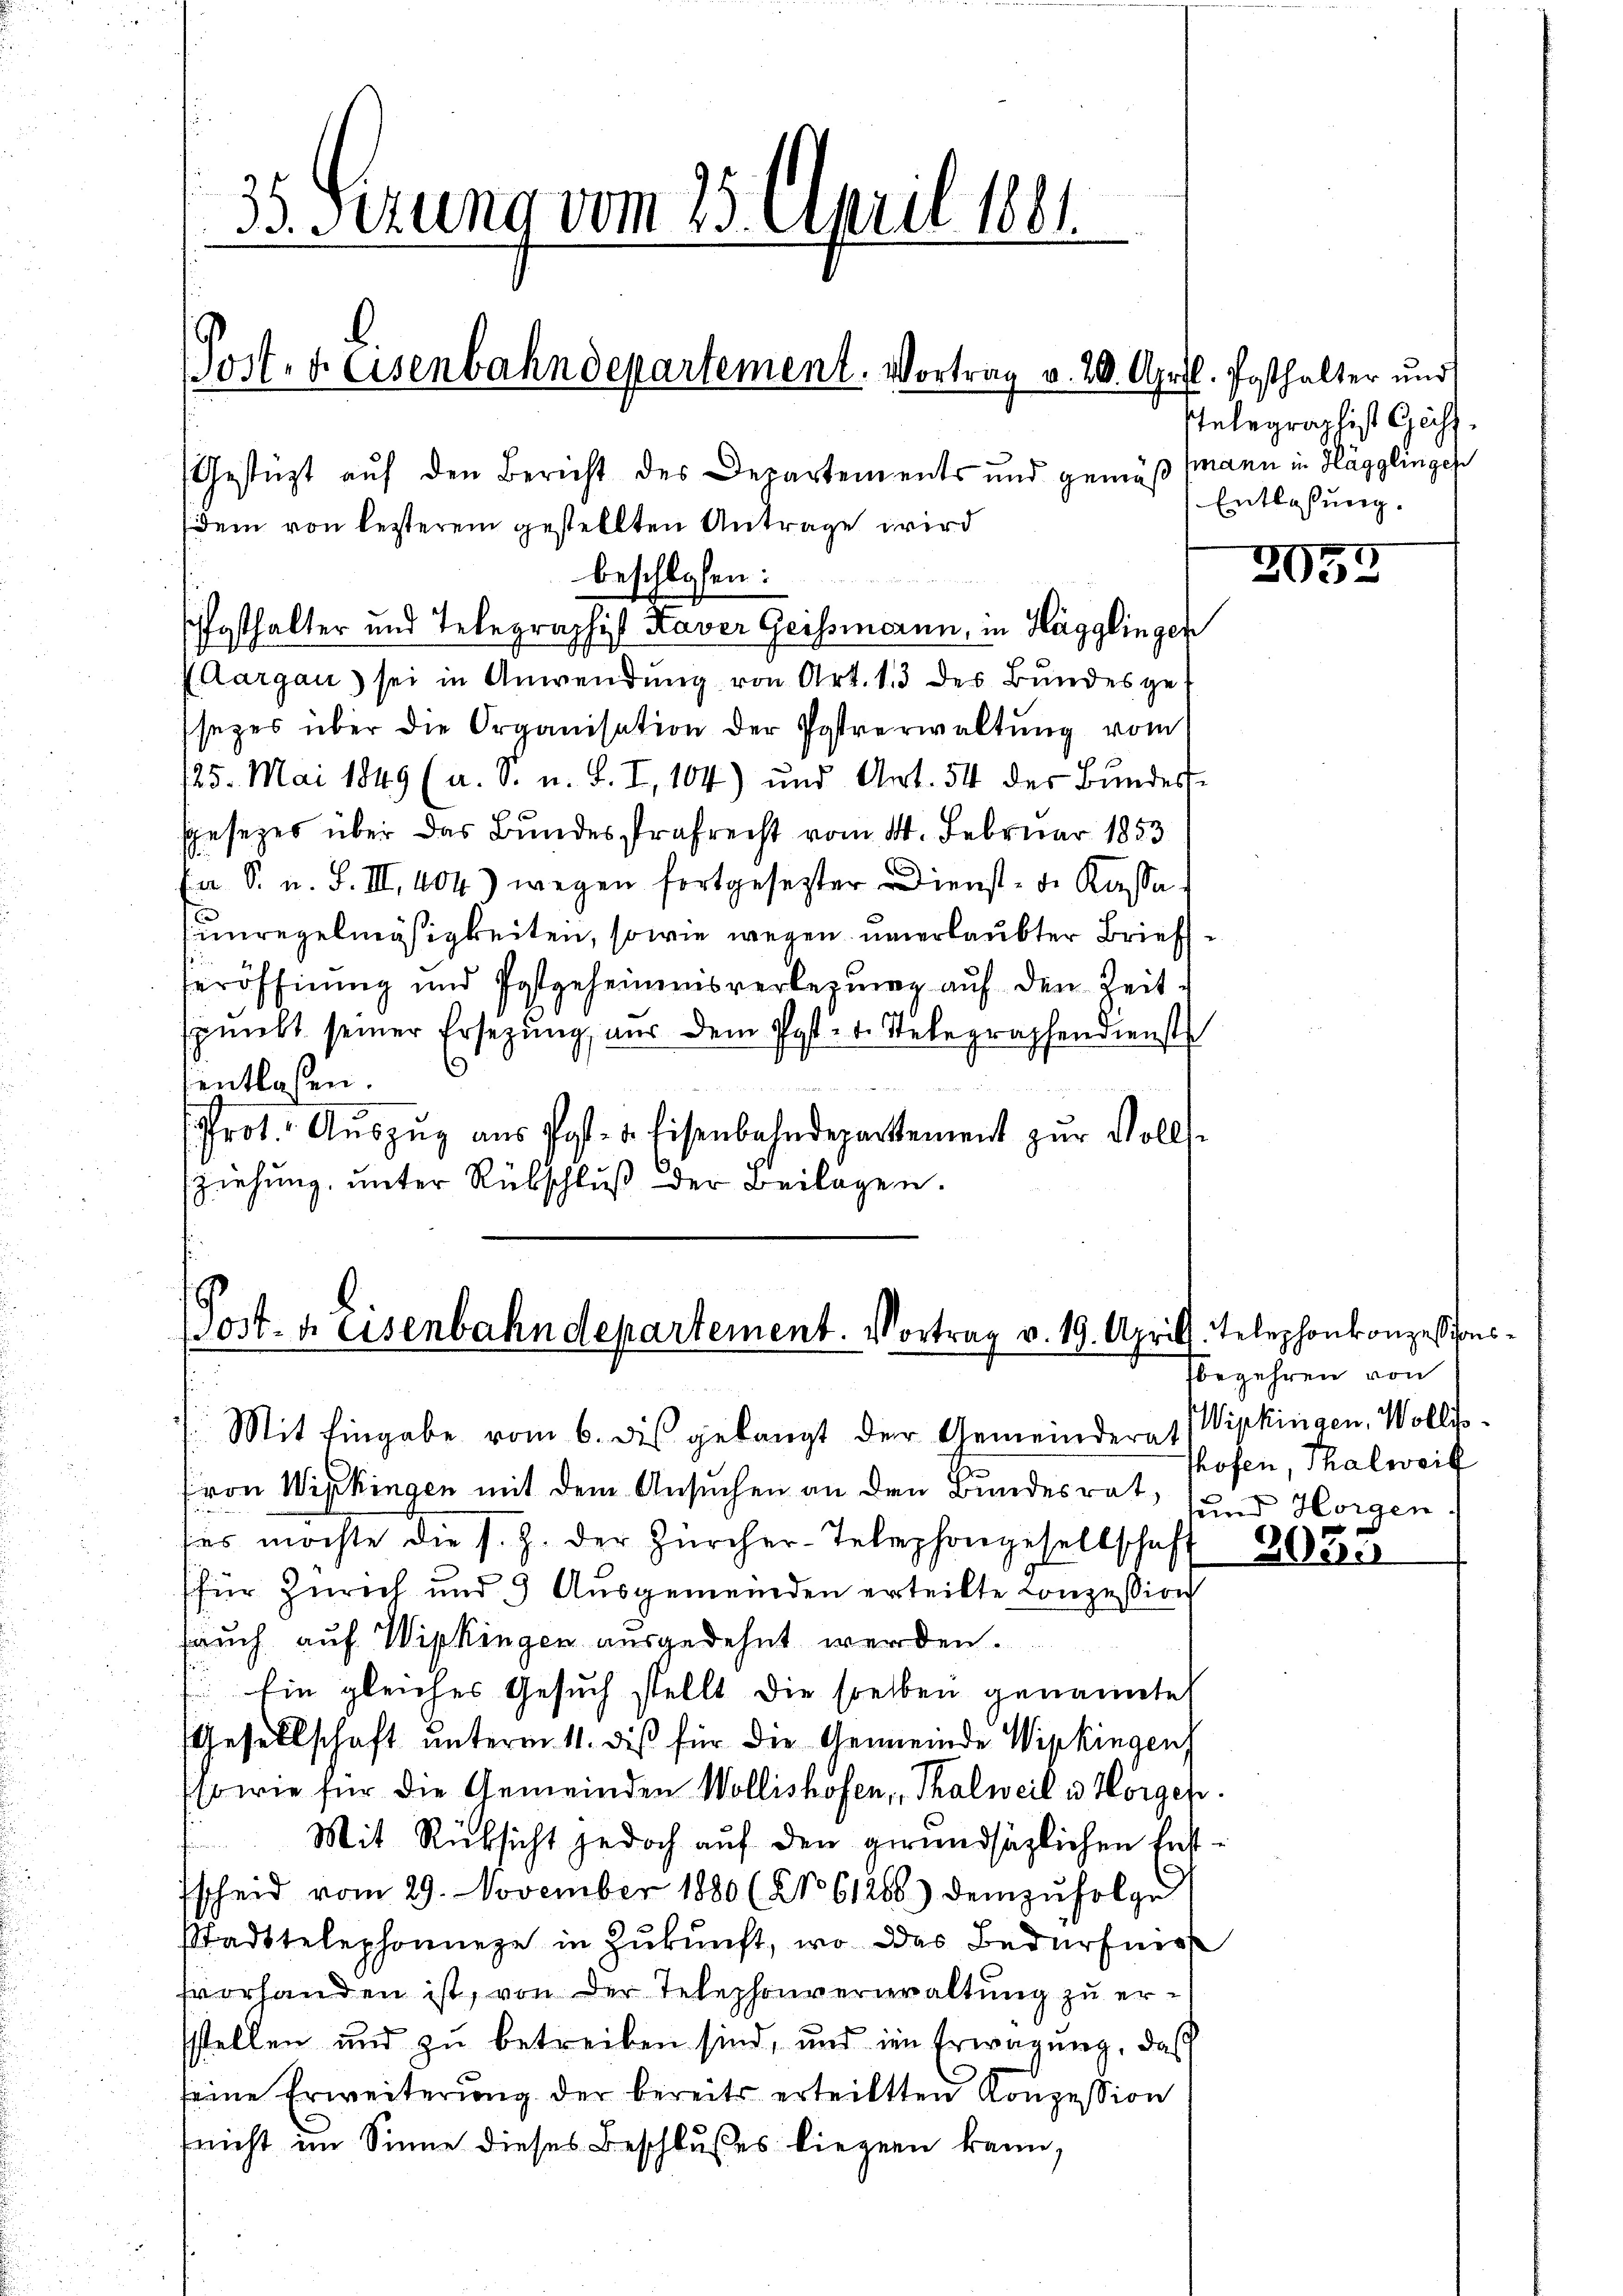
35 Sezung vom 25. April 1861

Post- & Eisenbahndepartement. Vortrag v. 20. April. Posthalter und

Gestützt auf den Bericht des Departements und gemäß
idem von lezterem gestellten Antrage wird
gthalter und Telegraphis Kaver Geissmeren, in Hägglingen
(Aargau sei in Anwendung von Art. 13 des Bundesgessezes über die Organisation der Postverwaltung vom
125. Mai 1849 (a. S. u. L. I, 104) und Art. 54 des Bundert-
sgesezes über das Bundesstrafrecht vom 14. Februar 1853
da S. u. S. III, 404) wegen fortgesezter Dienst- d. Kassa¬
Einregelmäßigkeiten, sowie wegen unerlaubter Briefseröffnung und Postgeheimnisverlegung auf den Zeitspunkt seiner Ersezung, aus dem Post- u. Stebegraphendienst
entlassen.
Prot. Aŭszŭg aŭs Post- u. Eisenbahndepartement zŭr Volls-
ziehung, unter Rübschluß der Beilagen.

beschlossen:

Post- & Eisenbahndepartement. Vortrag v. 19. Aprill, Telephonkonzessionss
Mit Eingabe vom 6. dies gelangt der Gemeinderat

fron Wipkingen mit dem Ansuchen an den Bundesrat, und Horgen
ses möchte die s. Z. der Zürcher-Telephongesellschaft
für Zürich und 9 Ausgemeinden erteilte Conzession
Fruch auf Wipkingen ausgedehnt werden.
 Ein gleiches Gesuch stellt die selben genannte
Gesellschaft unterm 11. diß für die Gemeinde Wipkingen
sowie für die Gemeinden Wollishofen, Thalweil v. Horgen.
Mit Rücksicht jedoch auf den gerundsätzlichen Entscheid vom 29. November 1880 (2061268) demzufolge
Stadttelephonnere in Zukunft, wo das Bedürfnis
fvorhanden ist, von der Telephonverwaltung zu er-
sstellen und zu betreiben sind, und im Erwägung, daß
seine Erweiterung der bereits erteilten Konzession
nicht im Sinne dieses Beschlußes liegen kann,

stelegraphist Gass
fmann in Hägglingen
Entlassung.

2035

Tbegehren von
Wipkingen, Wollis.
Profen, Thalweil

325